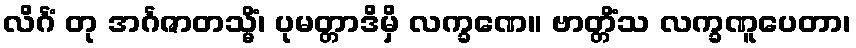
လိင်္ဂံ တု အင်္ဂဇာတသ္မိံ၊ ပုမတ္တာဒိမှိ လက္ခဏေ။ ဗာတ္တိံသ လက္ခဏူပေတာ၊